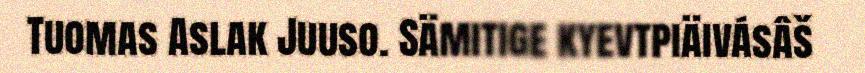
Tuomas Aslak Juuso. Sämitige kyevtpiäivásâš